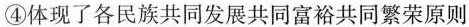
④ 体现了各民族共同发展共同富裕共同繁荣原则